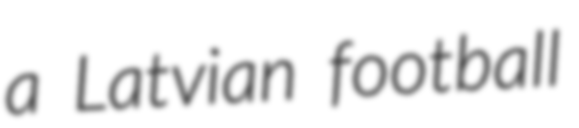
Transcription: a Latvian football